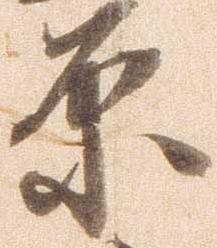
原